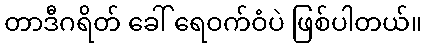
တာဒီဂရိတ် ခေါ် ရေဝက်ဝံပဲ ဖြစ်ပါတယ်။